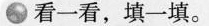
看一看，填一填。